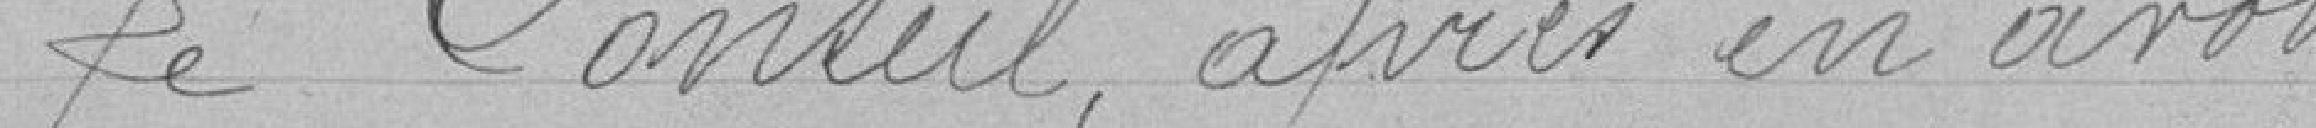
Le Conseil, après en avoir